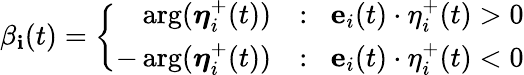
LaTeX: \beta_{\mathbf{i}}(t)=\left\{ \begin{array}{rl}{\arg(\boldsymbol{\eta}_{i}^{+}(t))}&{:\; \; \mathbf{e}_{i}(t)\cdot\mathbf{\eta}_{i}^{+}(t)>0}\\ {-\arg(\boldsymbol{\eta}_{i}^{+}(t))}&{:\; \; \mathbf{e}_{i}(t)\cdot\mathbf{\eta}_{i}^{+}(t)<0}\end{array}\right.